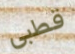
قطبي